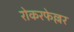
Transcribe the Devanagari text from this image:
रोकरफेल्लर